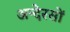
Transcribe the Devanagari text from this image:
अन्देरसों